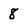
Character: 8